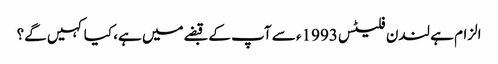
الزام ہے لندن فلیٹس 1993ء سے آپ کے قبضےمیں ہے، کیا کہیں گے؟